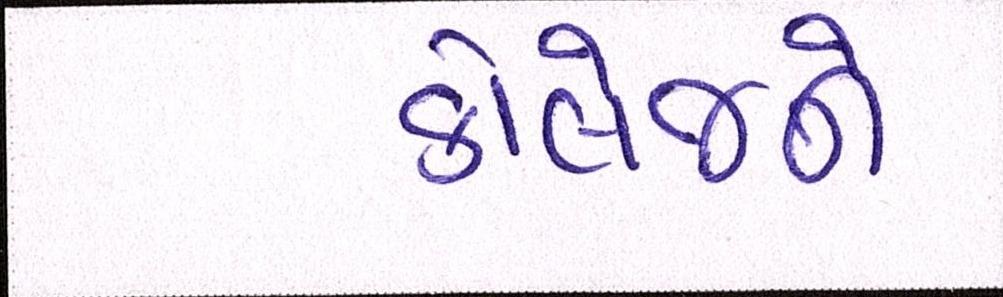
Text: કોલેજને